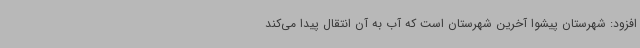
افزود: شهرستان پیشوا آخرین شهرستان است که آب به آن انتقال پیدا می‌کند